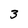
Character: 3